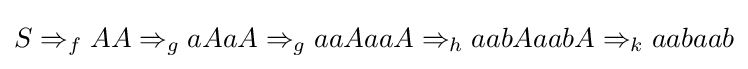
S\Rightarrow _{f}AA\Rightarrow _{g}aAaA\Rightarrow _{g}aaAaaA\Rightarrow _{h}aabAaabA\Rightarrow _{k}aabaab